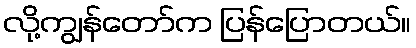
လို့ကျွန်တော်က ပြန်ပြောတယ်။